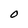
Character: O